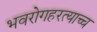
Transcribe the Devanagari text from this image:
भवरोगहरत्याच्च